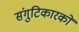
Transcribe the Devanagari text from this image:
संगुटिकारकों